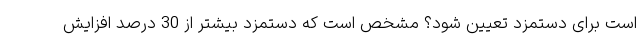
است برای دستمزد تعیین شود؟ مشخص است که دستمزد بیشتر از 30 درصد افزایش